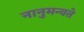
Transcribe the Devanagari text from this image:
नानुमन्वते